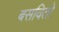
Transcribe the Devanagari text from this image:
बसवितो